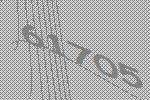
61705